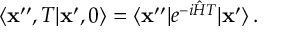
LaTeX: \langle { \bf x } ^ { \prime \prime } , T \vert { \bf x } ^ { \prime } , 0 \rangle = \langle { \bf x } ^ { \prime \prime } \vert e ^ { - i { \hat { H } } T } \vert { \bf x } ^ { \prime } \rangle \, .